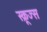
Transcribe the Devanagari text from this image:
स्क्रूज्स